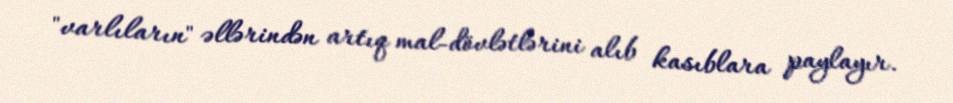
"varlıların" əllərindən artıq mal-dövlətlərini alıb kasıblara paylayır.